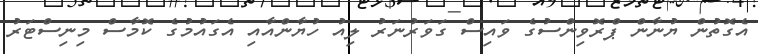
އެގޮތުން ޔުނާން ޕްރޮވިންސުގެ ވައިސް ގަވަރުނަރު ލިއު ހުޔާންއާއި އެގައުމުގެ ކޮމާސް މިނިސްޓަރު